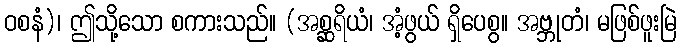
ဝစနံ)၊ ဤသို့သော စကားသည်။ (အစ္ဆရိယံ၊ အံ့ဖွယ် ရှိပေစွ။ အဗ္ဘုတံ၊ မဖြစ်ဖူးမြဲ